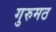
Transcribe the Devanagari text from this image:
गुरुमठ